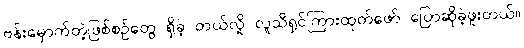
ဗန်းမှောက်တဲ့ဖြစ်စဉ်တွေ ရှိခဲ့ တယ်လို့ လူသိရှင်ကြားထုတ်ဖော် ပြောဆိုခဲ့ဖူးတယ်။